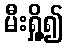
မီးရှို့၍